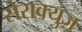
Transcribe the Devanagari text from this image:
सेराक्युज़